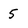
Character: 5